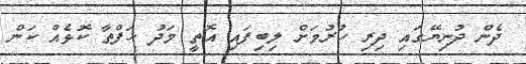
ދެން ދުނިޔޭގައި ދިރި ހުރުމަށް ލިބިފައި އޮތީ މަދު ހަފްތާ ކޮޅެއް ކަން